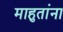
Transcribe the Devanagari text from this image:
माहुतांना